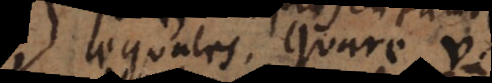
aequales. Quare v